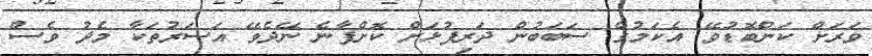
ވަރަށް ކަންބޮޑުވޭ. އެކަމުގެ ސަބަބުން ދަރިފުޅަށް ކޮށްފާނެ ނޭދެވޭ އަސަރުތަކާ މެދު ވެސް